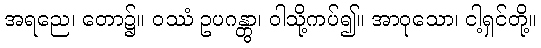
အရညေ၊ တော၌။ ဝဿံ ဥပဂန္တွာ၊ ဝါသို့ကပ်၍။ အာဝုသော၊ ငါ့ရှင်တို့။